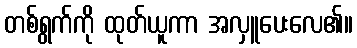
တစ်ရွက်ကို ထုတ်ယူကာ အလှူပေးလေ၏။